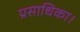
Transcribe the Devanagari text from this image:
प्रसाधिका।